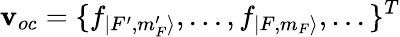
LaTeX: \mathbf{v}_{oc}=\{ f_{|F^{\prime},m_{F}^{\prime}\rangle},...,f_{|F,m_{F}\rangle},...\} ^{T}